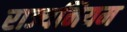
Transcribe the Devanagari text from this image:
राज्यनियम